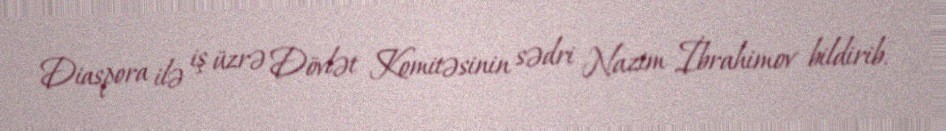
Diaspora ilə iş üzrə Dövlət Komitəsinin sədri Nazim İbrahimov bildirib.